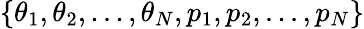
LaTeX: \{ \theta_{1},\theta_{2},...,\theta_{N},p_{1},p_{2},...,p_{N}\}